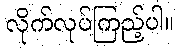
လိုက်လုပ်ကြည့်ပါ။